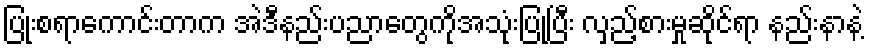
ပြုံးစရာကောင်းတာက အဲဒီနည်းပညာတွေကိုအသုံးပြုပြီး လှည့်စားမှုဆိုင်ရာ နည်းနာနဲ့